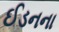
ઈડનના